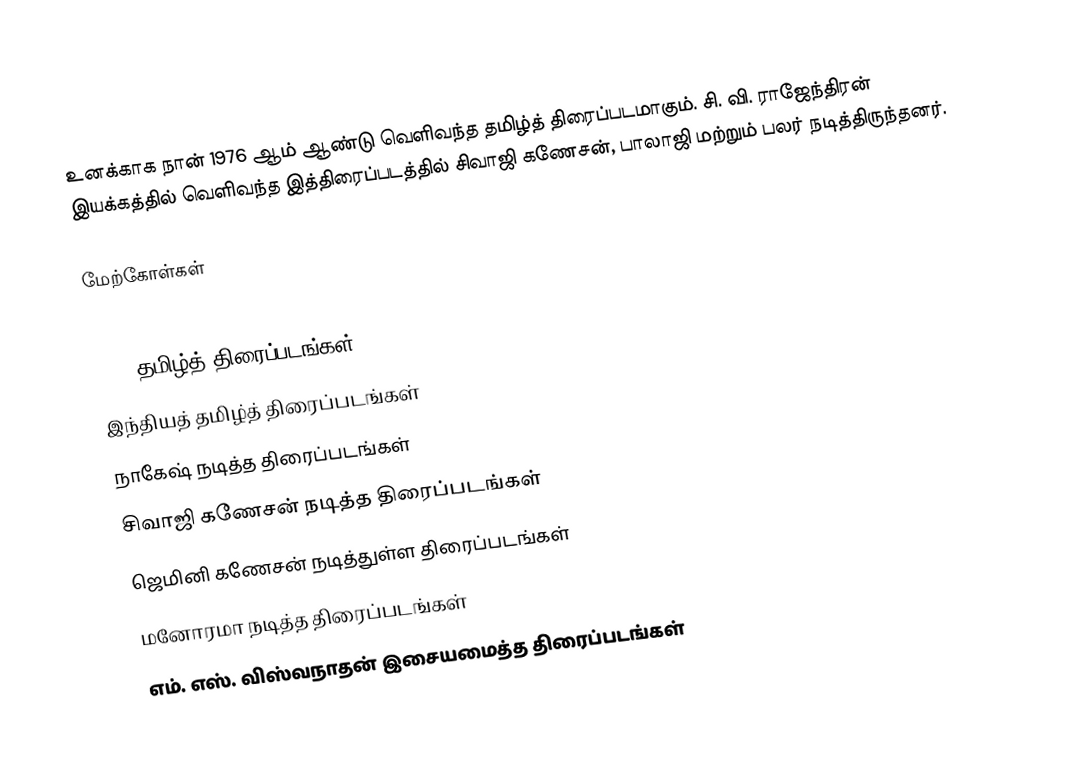
உனக்காக நான் 1976 ஆம் ஆண்டு வெளிவந்த தமிழ்த் திரைப்படமாகும். சி. வி. ராஜேந்திரன் இயக்கத்தில் வெளிவந்த இத்திரைப்படத்தில் சிவாஜி கணேசன், பாலாஜி மற்றும் பலர் நடித்திருந்தனர்.

மேற்கோள்கள்

1976 தமிழ்த் திரைப்படங்கள்
இந்தியத் தமிழ்த் திரைப்படங்கள்
நாகேஷ் நடித்த திரைப்படங்கள்
சிவாஜி கணேசன் நடித்த திரைப்படங்கள்
ஜெமினி கணேசன் நடித்துள்ள திரைப்படங்கள்
மனோரமா நடித்த திரைப்படங்கள்
எம். எஸ். விஸ்வநாதன் இசையமைத்த திரைப்படங்கள்